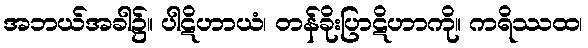
အဘယ်အခါ၌။ ပါဋိဟာယံ၊ တန်ခိုးပြာဋိဟာကို။ ကရိဿထ၊